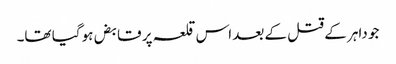
جو داہر کے قتل کے بعد اس قلعہ پر قابض ہو گیا تھا۔